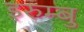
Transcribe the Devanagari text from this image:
इरुम्बु